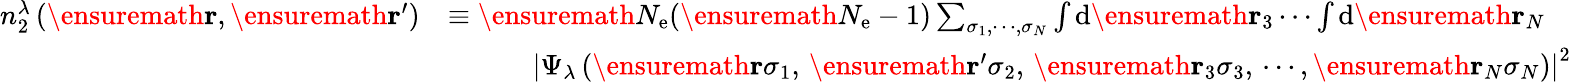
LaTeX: \begin{array}{rl}{n_{2}^{\lambda}\left(\ensuremath{\mathbf{r}},\ensuremath{\mathbf{r}}^{\prime}\right)}&{\equiv\ensuremath{N_{\mathrm{e}}}(\ensuremath{N_{\mathrm{e}}}-1)\sum_{\sigma_{1},\cdots,\sigma_{N}}\int\mathrm{d}\ensuremath{\mathbf{r}}_{3}\cdots\int\mathrm{d}\ensuremath{\mathbf{r}}_{N}}\\ &{\qquad\quad\left|\Psi_{\lambda}\left(\ensuremath{\mathbf{r}}\sigma_{1},\, \ensuremath{\mathbf{r}}^{\prime}\sigma_{2},\, \ensuremath{\mathbf{r}}_{3}\sigma_{3},\, \cdots,\ensuremath{\mathbf{r}}_{N}\sigma_{N}\right)\right|^{2}}\end{array}